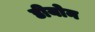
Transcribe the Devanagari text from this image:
डीयोन